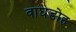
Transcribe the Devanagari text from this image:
वाघडोह